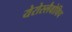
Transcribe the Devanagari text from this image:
येरोस्लैवोविच